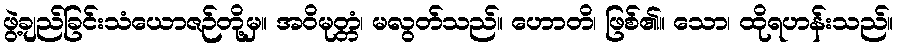
ဖွဲ့ချည်ခြင်းသံယောဇဉ်တို့မှ။ အဝိမုတ္တံ၊ မလွတ်သည်။ ဟောတိ၊ ဖြစ်၏။ သော၊ ထိုရဟန်းသည်။